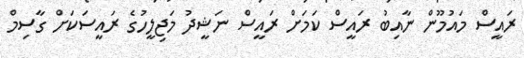
ރައީސް މައުމޫން ނާއިބު ރައީސް ކަމަށް ރައީސް ނަޝީދު މަޖިލީހުގެ ރައީސަކަށް ގާސިމް